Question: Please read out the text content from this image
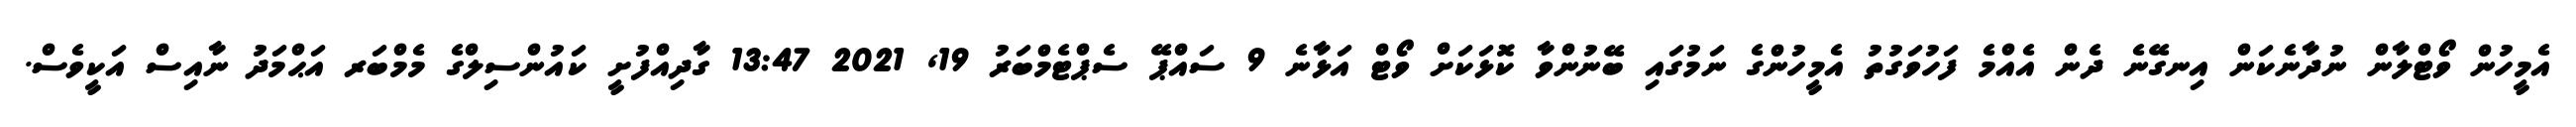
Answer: އެމީހުން ވޯޓްލާން ނުދާނެކަން އިނގޭނެ ދެން އެއްމެ ފަހުވަގުތު އެމީހުންގެ ނަމުގައި ބޭނުންވާ ކޮޅަކަށް ވޯޓް އަޅާނެ 9 ސައްޕޭ ސެޕްޓެމްބަރު 19, 2021 13:47 ގާދިއްފުށީ ކައުންސިލްގެ މެމްބަރ އަޙްމަދު ނާއިސް އަކީވެސް.